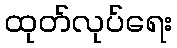
ထုတ်လုပ်ရေး